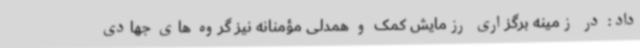
داد: در زمینه برگزاری رزمایش کمک و همدلی مؤمنانه نیز گروه های جهادی